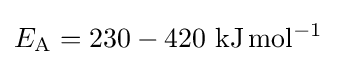
E_{\mathrm {A} }=230-420\ \mathrm {kJ} \,\mathrm {mol^{-1}}